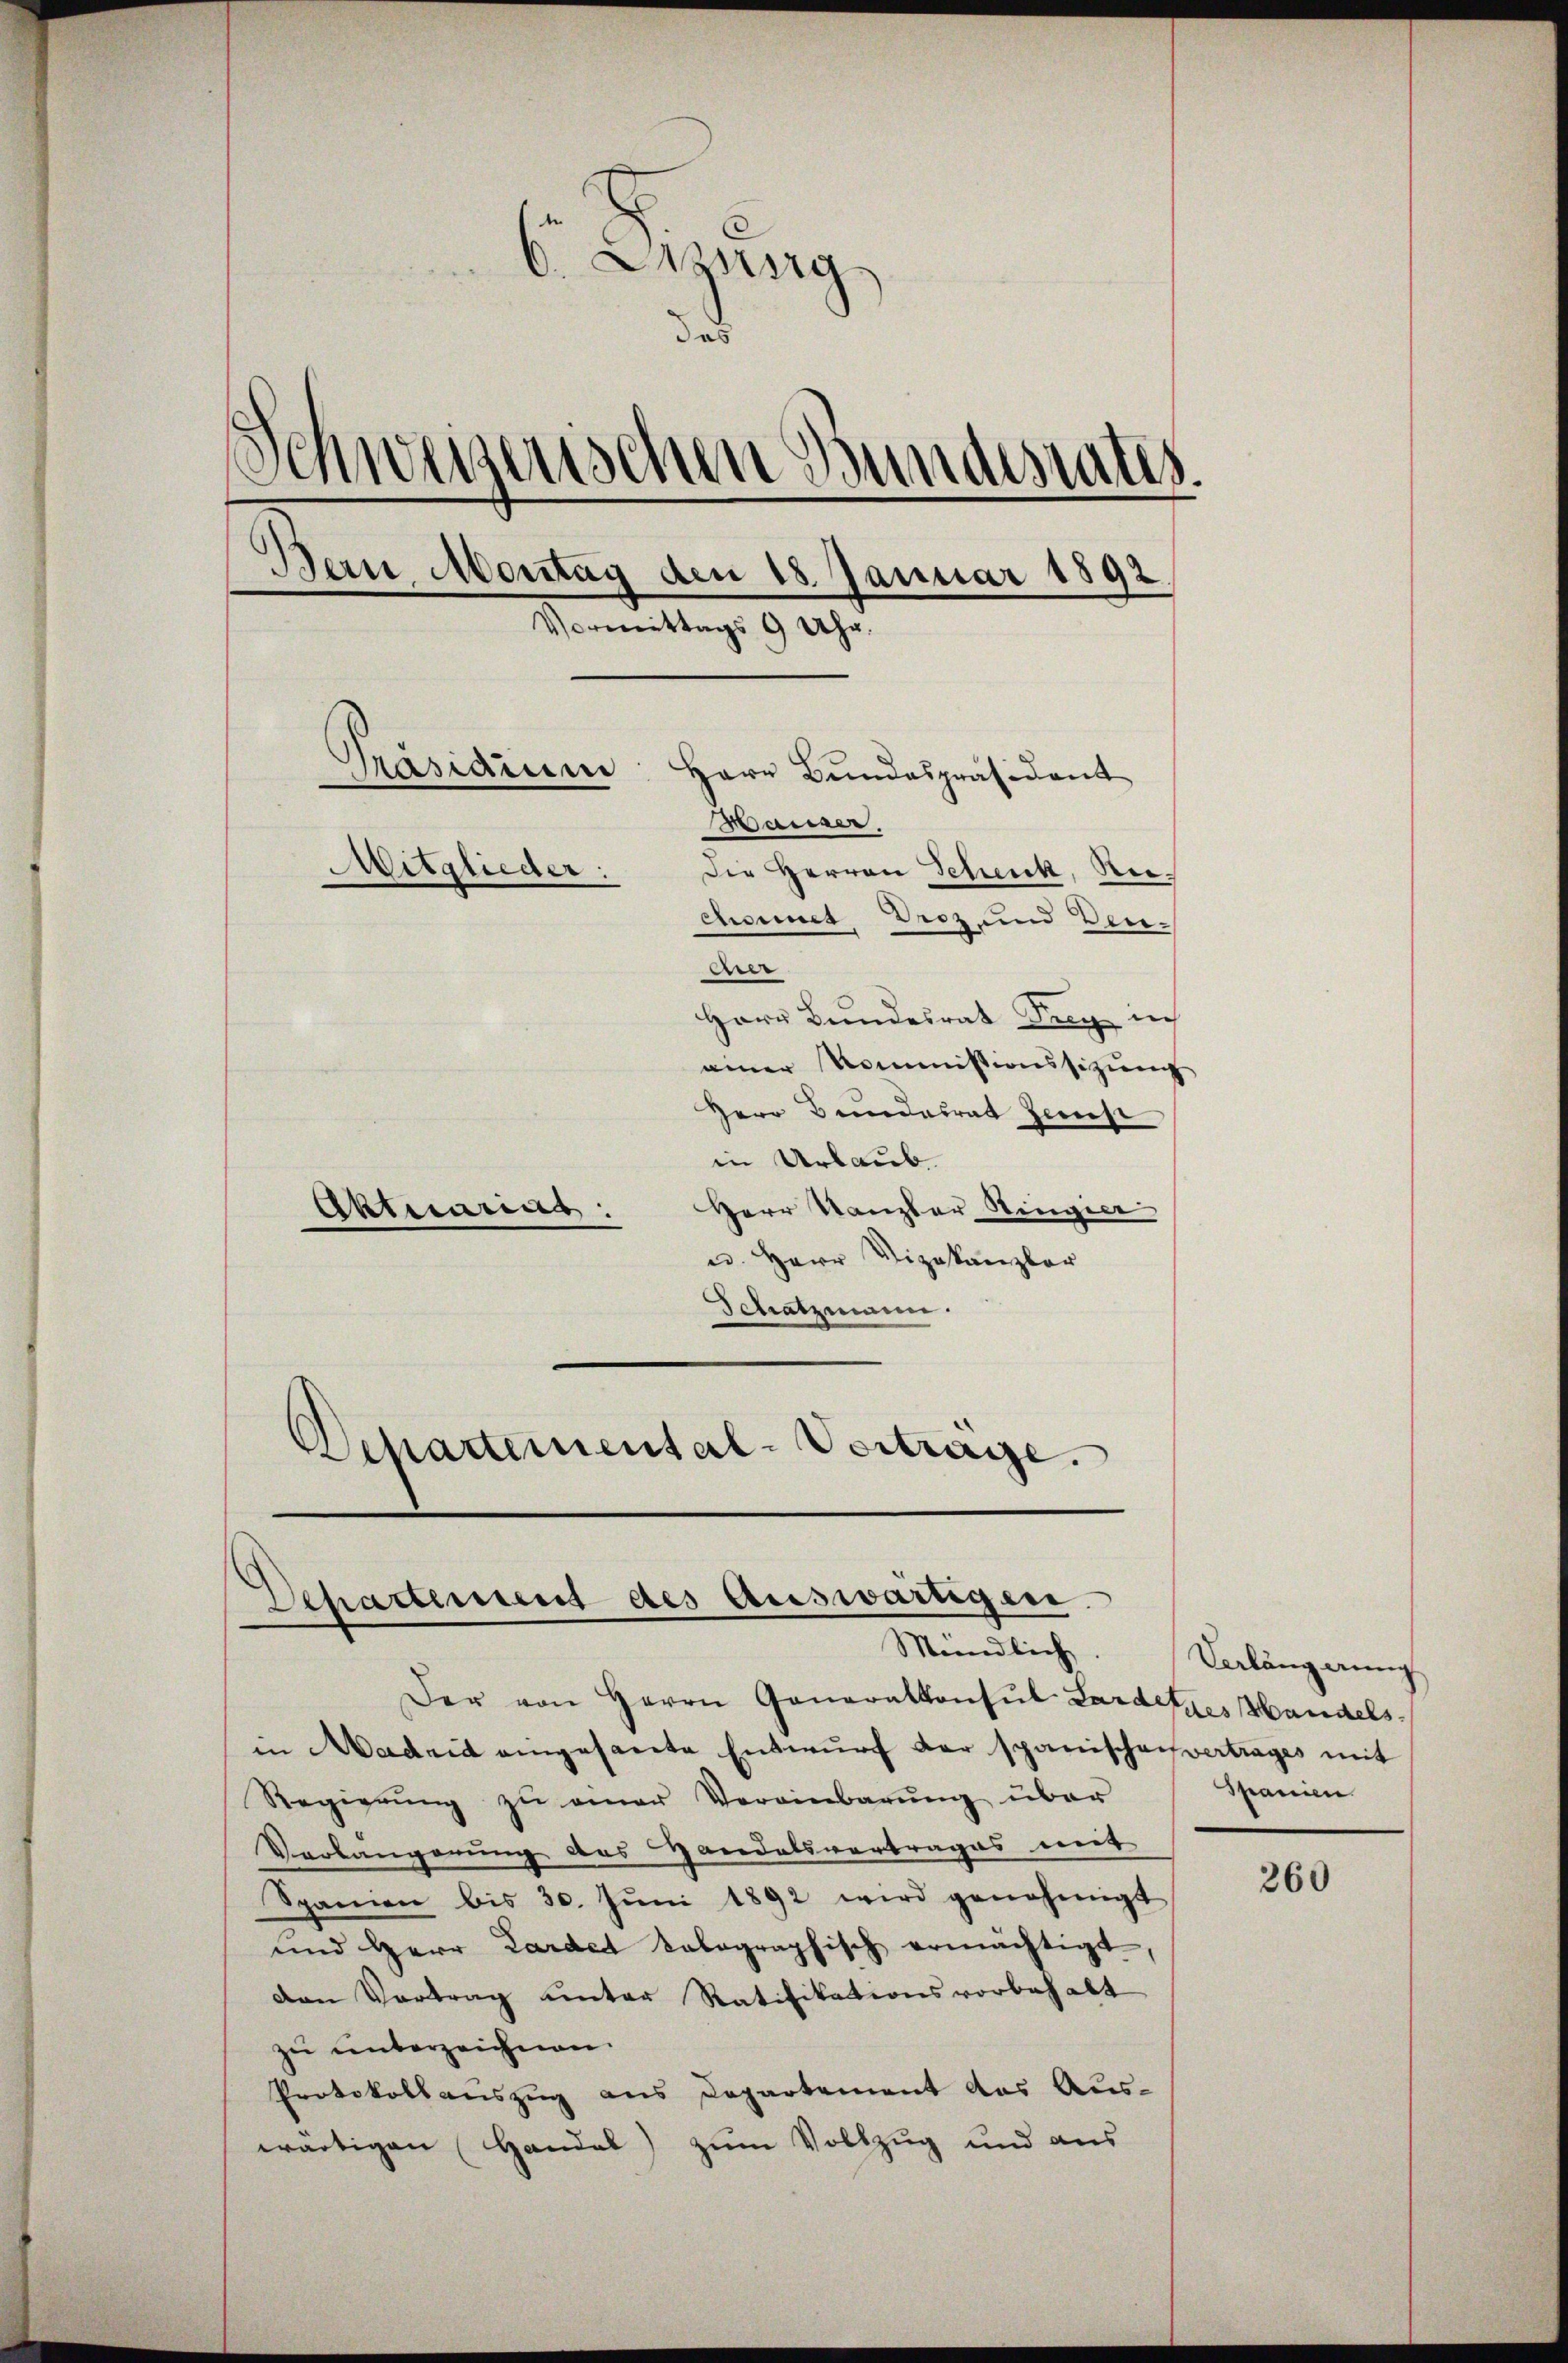
d. Ausg
3
weinischen Bundesrates.
Bein Montag den 18. Januar 1892
Vormittags 9 Uhr.
Präsidium
Herr Bundespräsident
Wariser,
Mitglieder:
Die Herren Schenk, Reicheines Droz, und Benbe
Herr Bundesrat Sieg in
einer Kommissionssizung
Herr Bundesrat Zerst

in Urlaub
Herr Kanzler Ringier
Aktuarius.
u. Herr Vizekanzler
Schatzmann.
Departemental-Vertrage.

Departement des Auswärtigen.
Mündlich.

Der von Herrn Generalkonsul Lardetzes Handels.
in Madrid eingesante Entwurf der spanischensvertrages mit
Regierŭng zŭ einer Vereinbarŭng über
Verlangerung des Handelsvertrages mit
Spanien bis 30. Jŭni 1892 wird genehmigt
und Herr Lardet kolographisch ermächtigt,
den Vortrag unter Ratifikationsvorbehalt
zu unterzeichnen.
Protokollauszug aus Departement das Aus-
wärtigen Handel) zum Vollzug und aus

Verlängerung
Spanien

260